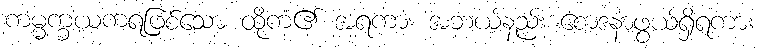
ကမ္မက္ခယကရဖြစ်သော ထိုကံ၏ အရကား အဘယ်နည်း စောဒနာဖွယ်ရှိရကား